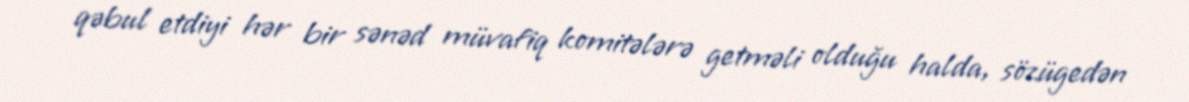
qəbul etdiyi hər bir sənəd müvafiq komitələrə getməli olduğu halda, sözügedən